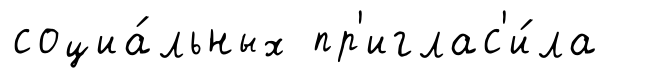
социа́льных пр'иглас'и́ла